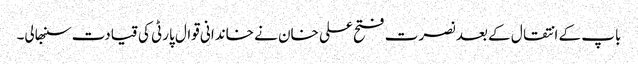
باپ کے انتقال کے بعد نصرت فتح علی خان نے خاندانی قوال پارٹی کی قیادت سنبھالی۔